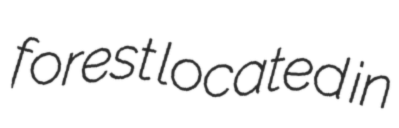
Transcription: forest located in